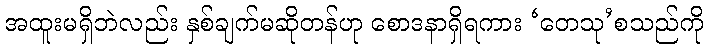
အထူးမရှိဘဲလည်း နှစ်ချက်မဆိုတန်ဟု စောဒနာရှိရကား ‘တေသု’စသည်ကို